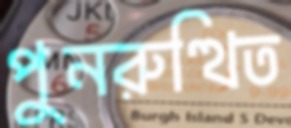
পুনরুত্থিত